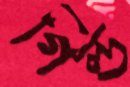
গিল্ড